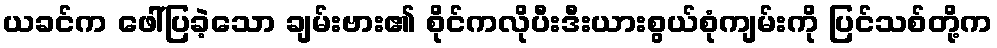
ယခင်က ဖေါ်ပြခဲ့သော ချမ်းဗား၏ စိုင်ကလိုပီးဒီးယားစွယ်စုံကျမ်းကို ပြင်သစ်တို့က